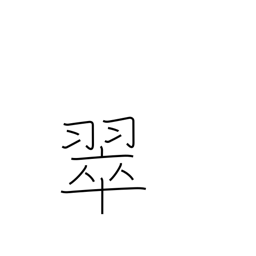
Meaning: kingfisher